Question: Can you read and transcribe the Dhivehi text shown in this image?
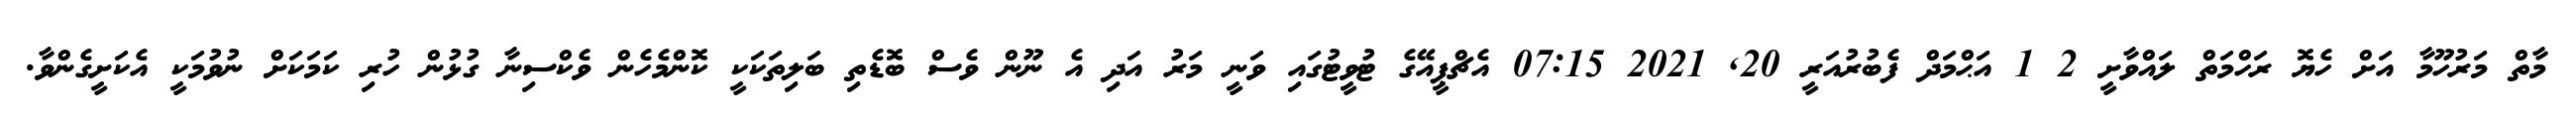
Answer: މާތް މަރުހޫމާ އަށް ހެޔޮ ރަހްމަތް ލައްވާށީ 2 1 އަޙްމަދް ފެބުރުއަރީ 20, 2021 07:15 އެޗްޕީއޭގެ ޓުވީޓުގައި ވަނީ މަރު އަދި އެ ނޫން ވެސް ބޮޑެތި ބަލިތަކަކީ ކޮންމެހެން ވެކްސިނާ ގުޅުން ހުރި ކަމަކަށް ނުވުމަކީ އެކަށީގެންވާ.